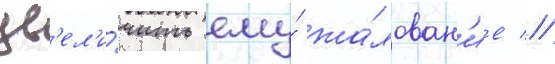
ув'ел'и́чить ему́ жа́лован'ие //